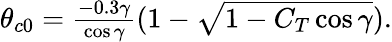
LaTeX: \begin{array}{r}{\theta_{c0}=\frac{-0.3\gamma}{\cos{\gamma}}(1-\sqrt{1-C_{T}\cos{\gamma}}).}\end{array}